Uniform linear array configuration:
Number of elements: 64
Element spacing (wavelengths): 0.75
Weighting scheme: hann
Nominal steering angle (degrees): -30
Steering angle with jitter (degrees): -29.066
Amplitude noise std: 0.05
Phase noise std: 0.05

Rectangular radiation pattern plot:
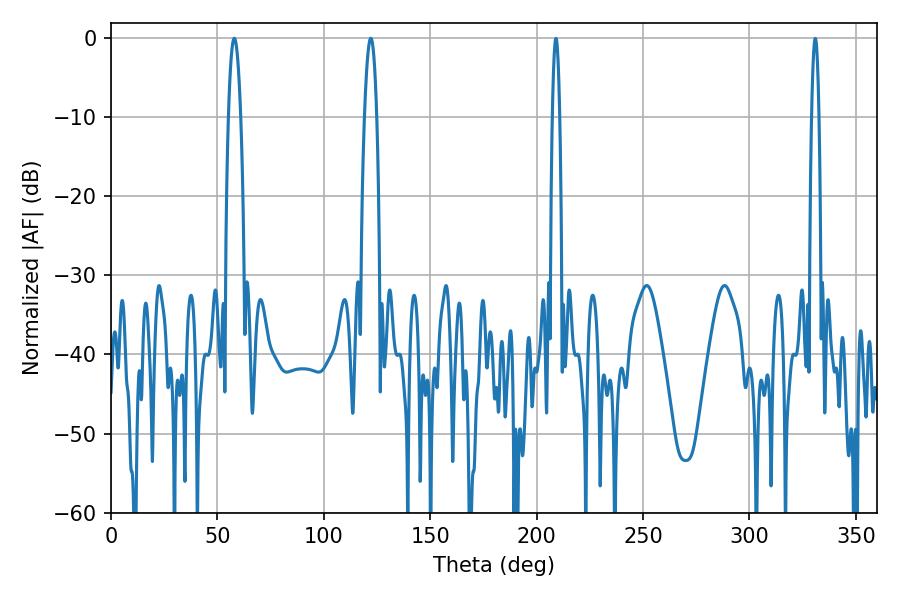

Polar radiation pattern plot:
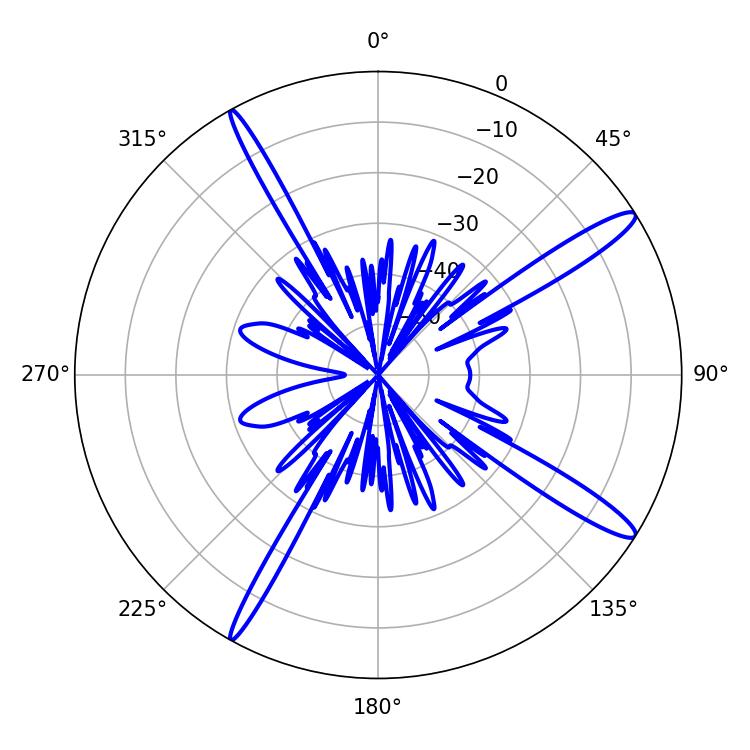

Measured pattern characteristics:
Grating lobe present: TRUE
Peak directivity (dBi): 14.767
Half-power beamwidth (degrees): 3.24
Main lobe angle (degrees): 57.96